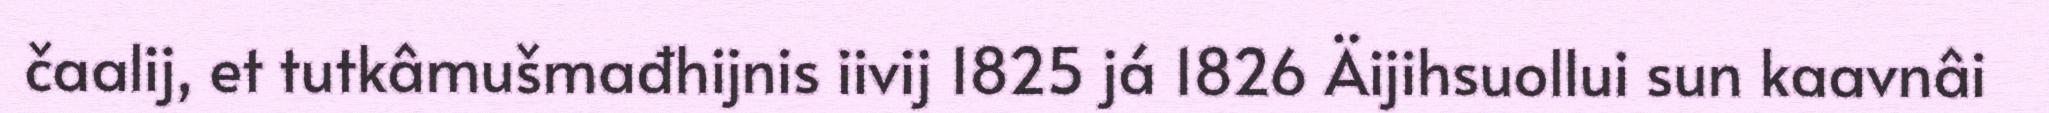
čaalij, et tutkâmušmađhijnis iivij 1825 já 1826 Äijihsuollui sun kaavnâi